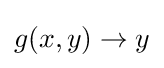
g(x,y)\rightarrow y